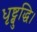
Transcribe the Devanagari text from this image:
धृष्ट्बुद्धि।